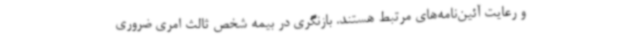
و رعایت آئین‌نامه‌های مرتبط هستند. بازنگری در بیمه شخص ثالث امری ضروری